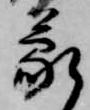
蒙